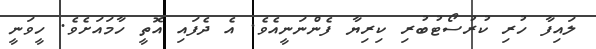
ލައިފާ ހުރި ކުރުސޯޓުބުރި ކިރިޔާ ފެންނަނީއެވެ. އެ ދެފައި އޮތީ ހާމައަށެވެ. ހީވަނީ